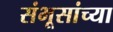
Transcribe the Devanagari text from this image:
संभूसांच्या